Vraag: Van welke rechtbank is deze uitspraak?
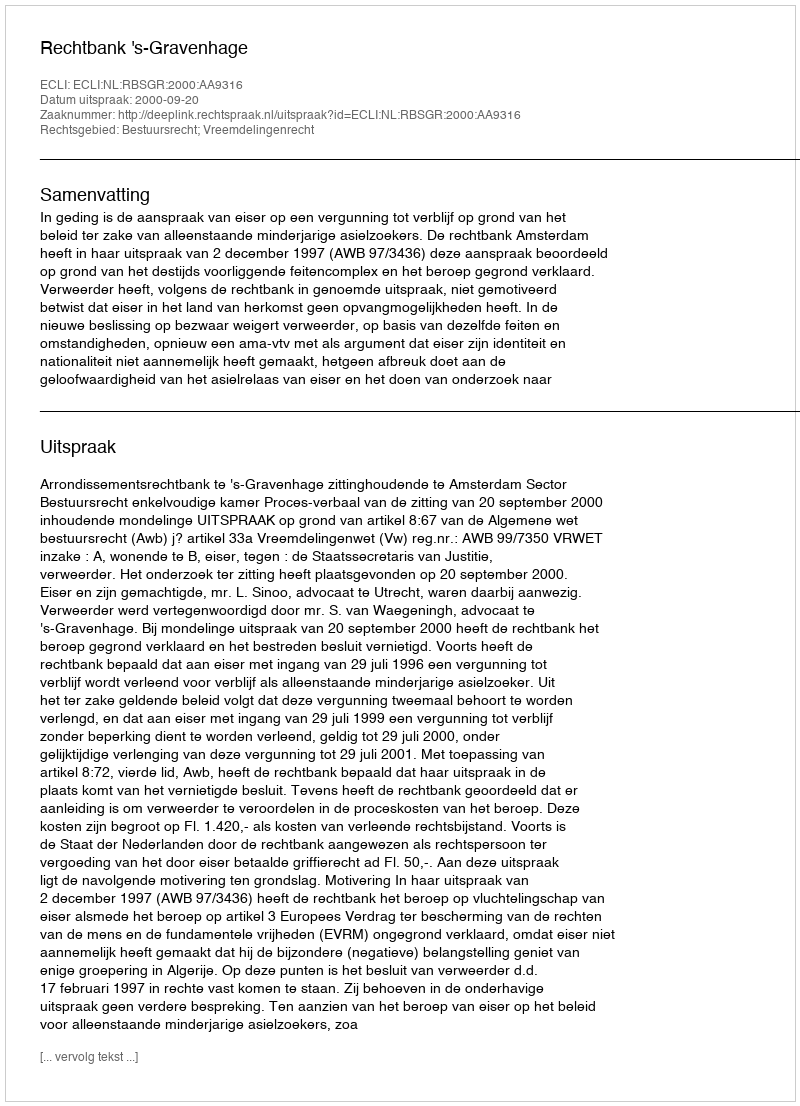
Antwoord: Rechtbank 's-Gravenhage